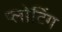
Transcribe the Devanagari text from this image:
प्लोटिंग